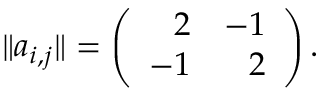
\| a _ { i , j } \| = \left( \begin{array} { r r } { { 2 } } & { { - 1 } } \\ { { - 1 } } & { { 2 } } \end{array} \right) .